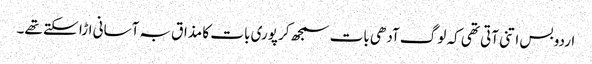
اردو بس اتنی آتی تھی کہ لوگ آدھی بات سمجھ کر پوری بات کا مذاق بہ آسانی اڑا سکتے تھے۔